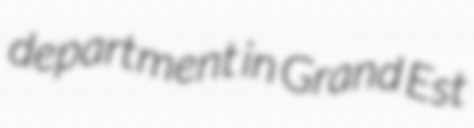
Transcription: department in Grand Est